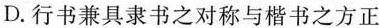
D.行书兼具隶书之对称与楷书之方正